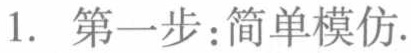
1. 第一步：简单模仿.